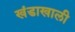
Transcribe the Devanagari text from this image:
खंडाखाली